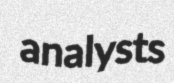
analysts